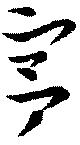
宮